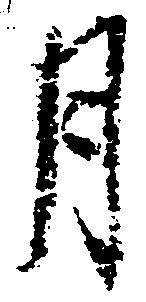
月